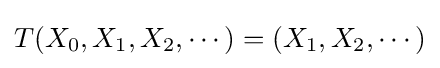
T(X_{0},X_{1},X_{2},\cdots )=(X_{1},X_{2},\cdots )